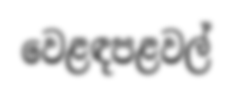
වෙළඳපළවල්